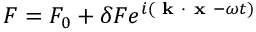
F = F _ { 0 } + \delta F e ^ { i \left( \textbf { k } \boldsymbol { \cdot } \textbf { x } - \omega t \right) }